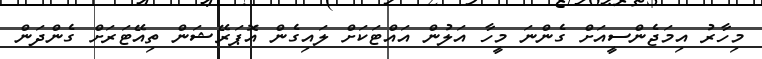
މިހާރު އިމަޖެންސީއަށް ގެންނަ މީހާ އަލުން އައްޓަކަށް ލައިގެން އޮޕަރޭޝަން ތިއޭޓަރަށް ގެންދަން